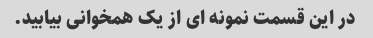
در این قسمت نمونه ای از یک همخوانی بیابید.